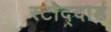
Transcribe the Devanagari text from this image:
स्टोद्दार्ड